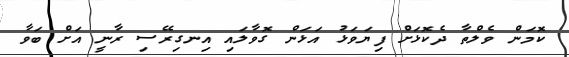
ކޮމަން ވެލްތާ ދެކޮޅަށް ފިޔަވަޅު އަޅަން ގޮވާލައި އިނގިރޭސި ރާނީ އަށް ބަވާ